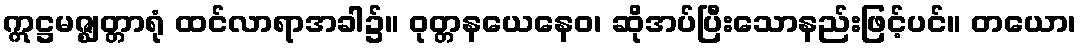
ဣဋ္ဌမဇ္ဈတ္တာရုံ ထင်လာရာအခါ၌။ ဝုတ္တနယေနေဝ၊ ဆိုအပ်ပြီးသောနည်းဖြင့်ပင်။ တယော၊